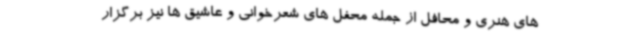
های هنری و محافل از جمله محفل های شعرخوانی و عاشیق ها نیز برگزار